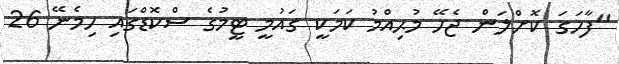
"ފާހަގަ ކޮށްލަން ޖެހޭ މުޙިއްމު ކަމަކީ ގައުމީ ޓީމުގެ ސްކޮޑްގައި ހިމެނޭ 26